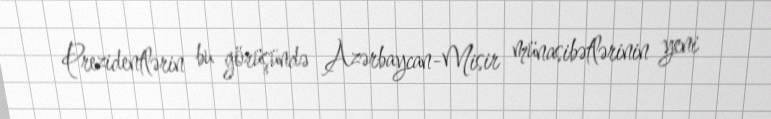
Prezidentlərin bu görüşündə Azərbaycan-Misir münasibətlərinin yeni